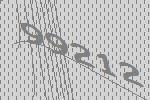
99212